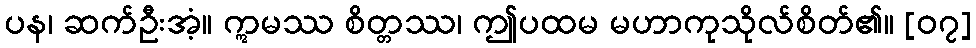
ပန၊ ဆက်ဦးအံ့။ ဣမဿ စိတ္တဿ၊ ဤပထမ မဟာကုသိုလ်စိတ်၏။ [၀၇]